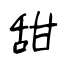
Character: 甜